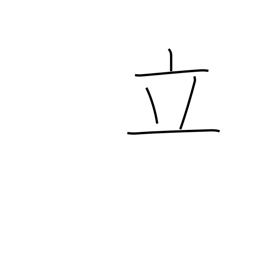
Meaning: set up